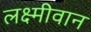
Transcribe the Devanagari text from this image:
लक्ष्मीवान